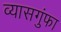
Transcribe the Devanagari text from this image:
व्यासगुंफा